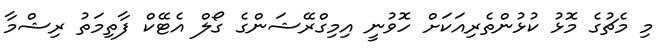
މި މެޗުގެ މޮޅު ކުޅުންތެރިއަކަށް ހޮވުނީ އިމިގްރޭޝަންގެ ގޯލް އެޓޭކް ފާތިމަތު ރިޝްމާ